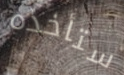
ستأخذه